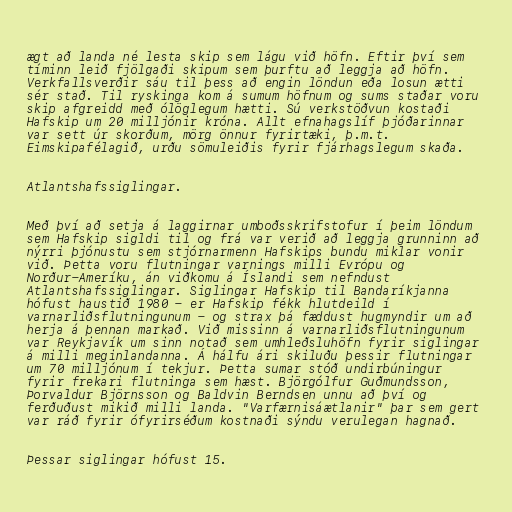
ægt að landa né lesta skip sem lágu við höfn. Eftir því sem
tíminn leið fjölgaði skipum sem þurftu að leggja að höfn.
Verkfallsverðir sáu til þess að engin löndun eða losun ætti
sér stað. Til ryskinga kom á sumum höfnum og sums staðar voru
skip afgreidd með ólöglegum hætti. Sú verkstöðvun kostaði
Hafskip um 20 milljónir króna. Allt efnahagslíf þjóðarinnar
var sett úr skorðum, mörg önnur fyrirtæki, þ.m.t.
Eimskipafélagið, urðu sömuleiðis fyrir fjárhagslegum skaða.

Atlantshafssiglingar.

Með því að setja á laggirnar umboðsskrifstofur í þeim löndum
sem Hafskip sigldi til og frá var verið að leggja grunninn að
nýrri þjónustu sem stjórnarmenn Hafskips bundu miklar vonir
við. Þetta voru flutningar varnings milli Evrópu og
Norður-Ameríku, án viðkomu á Íslandi sem nefndust
Atlantshafssiglingar. Siglingar Hafskip til Bandaríkjanna
hófust haustið 1980 - er Hafskip fékk hlutdeild í
varnarliðsflutningunum - og strax þá fæddust hugmyndir um að
herja á þennan markað. Við missinn á varnarliðsflutningunum
var Reykjavík um sinn notað sem umhleðsluhöfn fyrir siglingar
á milli meginlandanna. Á hálfu ári skiluðu þessir flutningar
um 70 milljónum í tekjur. Þetta sumar stóð undirbúningur
fyrir frekari flutninga sem hæst. Björgólfur Guðmundsson,
Þorvaldur Björnsson og Baldvin Berndsen unnu að því og
ferðuðust mikið milli landa. "Varfærnisáætlanir" þar sem gert
var ráð fyrir ófyrirséðum kostnaði sýndu verulegan hagnað.

Þessar siglingar hófust 15.